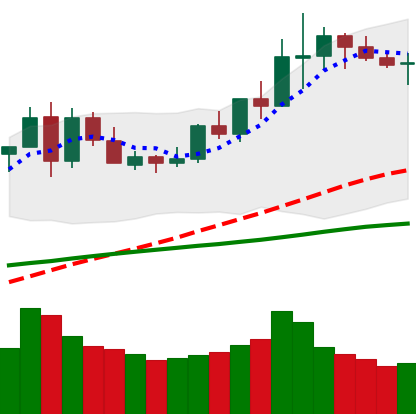
Ticker: LINK-USD
Chart end date: 2020-06-07
Forward return: -5.954%
Label: down_5_7